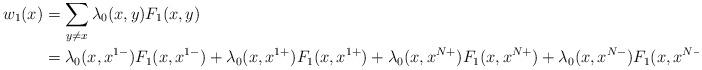
LaTeX: \begin{align*}w_1(x)&=\sum_{y\neq x}\lambda_0(x,y)F_1(x,y)\\&=\lambda_0(x,x^{1-})F_1(x,x^{1-})+\lambda_0(x,x^{1+})F_1(x,x^{1+})+\lambda_0(x,x^{N+})F_1(x,x^{N+})+\lambda_0(x,x^{N-})F_1(x,x^{N-}).\end{align*}